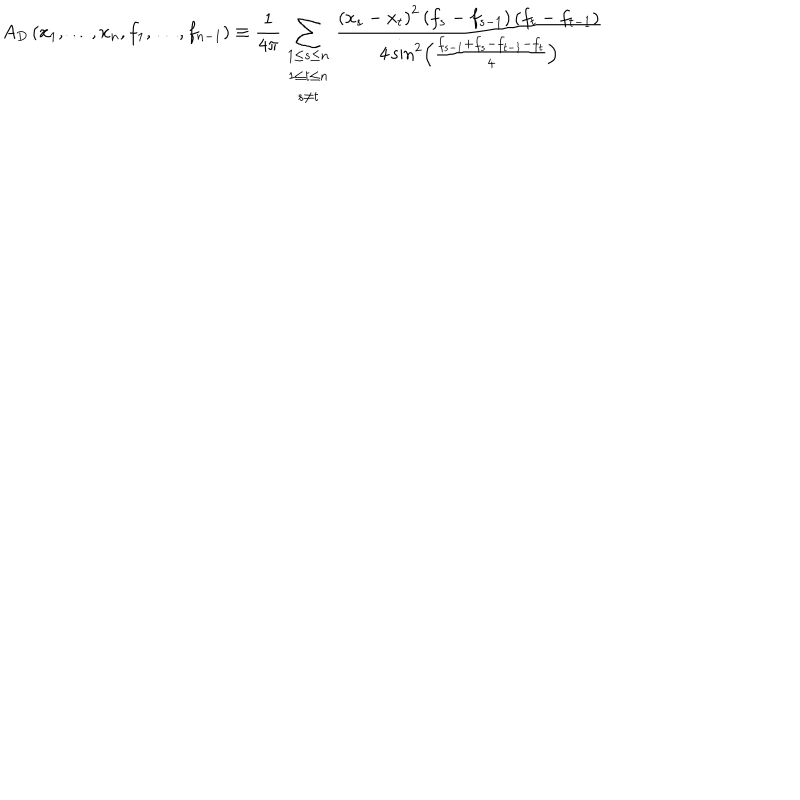
A _ { D } \left( x _ { 1 } , \ldots , x _ { n } , f _ { 1 } , \ldots , f _ { n - 1 } \right) \equiv \frac { 1 } { 4 \pi } \sum _ { \begin{array} { c } { { 1 \leq s \leq n } } \\ { { 1 \leq t \leq n } } \\ { { s \neq t } } \\ \end{array} } \frac { \left( x _ { s } - x _ { t } \right) ^ { 2 } \left( f _ { s } - f _ { s - 1 } \right) \left( f _ { t } - f _ { t - 1 } \right) } { 4 \sin ^ { 2 } \left( \frac { f _ { s - 1 } + f _ { s } - f _ { t - 1 } - f _ { t } } { 4 } \right) }